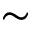
\sim